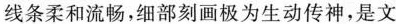
线条柔和流畅，细部刻画极为生动传神，是文